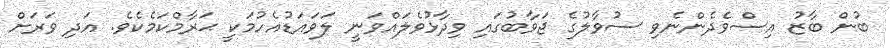
ބުން ބާޒު އިސްވެދެންނެވި ސުވާލުގެ ޖަވާބުގައި ވިދާޅުވެލައްވަނީ ލަވައަޑުއެހުމަކީ ޙަރާމްކަމެކެވެ. އަދި ވަރަށް